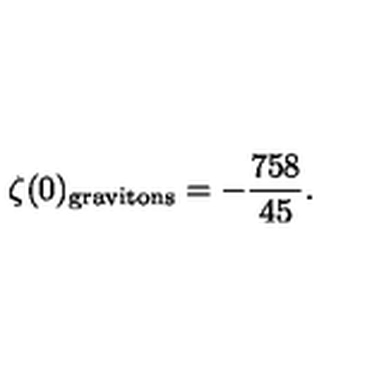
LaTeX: \zeta ( 0 ) _ { \mathrm { g r a v i t o n s } } = - { \frac { 7 5 8 } { 4 5 } } .